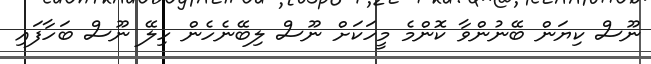
ނޫސް ކިޔަން ބޭނުންވާ ކޮންމެ މީހަކަށް ނޫސް ލިބޭނެހެން ހިލޭ ނޫސް ބަހާފައި